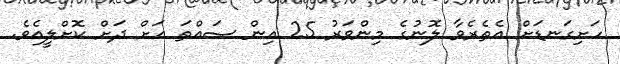
ހަށިގަނޑަށް އެތެރެވާ ލޮނުގެ މިންވަރު 25 އިން ސައްތަ އަށް ދަށް ކޮށްލީއެވެ.